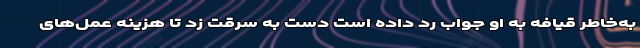
به‌خاطر قیافه به او جواب رد داده است دست به سرقت زد تا هزینه عمل‌های